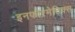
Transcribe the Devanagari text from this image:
इनफोरमेटिक्स